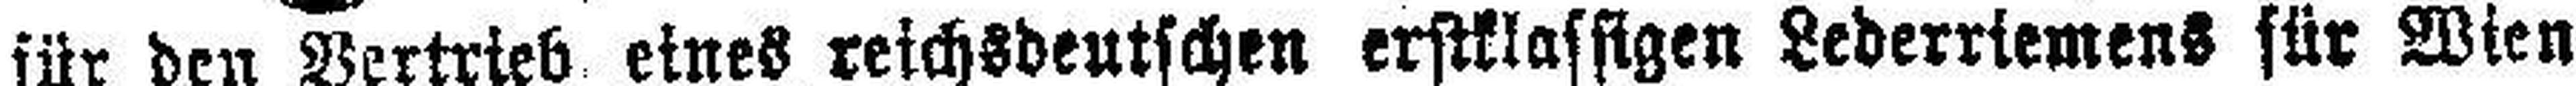
für den Vertrieb eines reichsdeutfchen erstklassigen Lederriemens für Wien